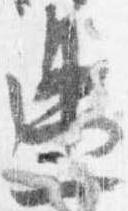
返